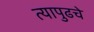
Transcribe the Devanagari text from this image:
त्यापुढचे